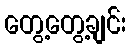
တွေ့တွေ့ချင်း